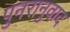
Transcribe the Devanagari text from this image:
पुनरानुवाद